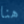
هنا